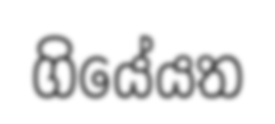
ගියේයත